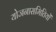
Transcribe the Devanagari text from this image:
योजनासमितियों